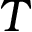
T